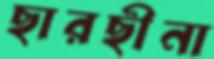
ছারছীনা